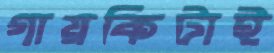
গায়কিটাই